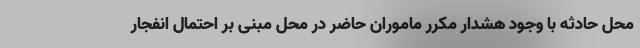
محل حادثه با وجود هشدار مکرر ماموران حاضر در محل مبنی بر احتمال انفجار